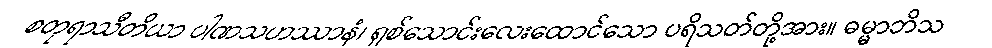
စတုရာသီတိယာ ပါဏသဟဿာနံ၊ ရှစ်သောင်းလေးထောင်သော ပရိသတ်တို့အား။ ဓမ္မာဘိသ